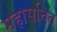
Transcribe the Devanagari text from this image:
महासचित